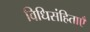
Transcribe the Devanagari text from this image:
विधिसंहिताएँ